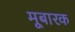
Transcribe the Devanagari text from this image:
मूबारक